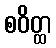
စဝိတ္ထ